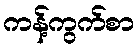
ကန့်ကွက်စာ